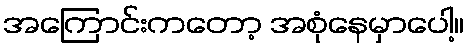
အကြောင်းကတော့ အစုံနေမှာပေါ့။